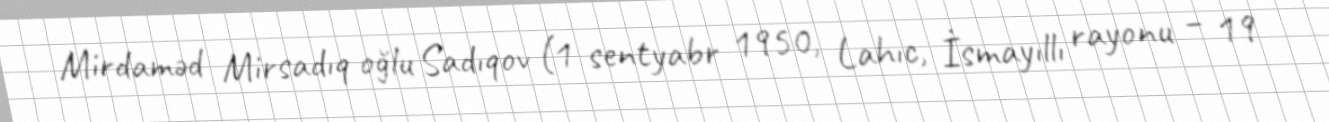
Mirdaməd Mirsadıq oğlu Sadıqov (1 sentyabr 1950, Lahıc, İsmayıllı rayonu – 19